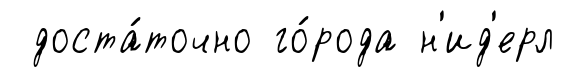
доста́точно го́рода н'ид'ерл